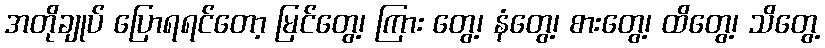
အတိုချုပ် ပြောရရင်တော့ မြင်တွေ့၊ ကြား တွေ့၊ နံတွေ့၊ စားတွေ့၊ ထိတွေ့၊ သိတွေ့